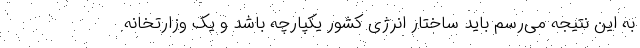
به این نتیجه می‌رسم باید ساختار انرژی کشور یکپارچه باشد و یک وزارتخانه